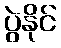
ပွဲနိုင်